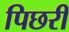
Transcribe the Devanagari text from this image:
पिछरी